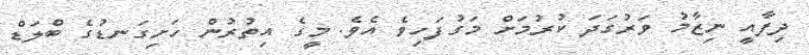
ދިފާއީ ނިޒާމު ވަރުގަދަ ކުރުމަށް މަގުފަހިވެ އެވެ. މީގެ އިތުރުން ހަށިގަނޑުގެ ބްލަޑް